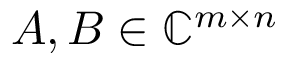
A , B \in \mathbb { C } ^ { m \times n }